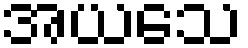
အယသေ